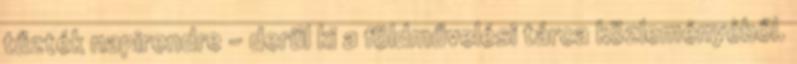
tűzték napirendre - derül ki a földművelési tárca közleményéből.